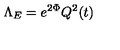
\Lambda _ { E } = e ^ { 2 \Phi } Q ^ { 2 } ( t )